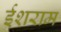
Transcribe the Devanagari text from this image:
ईशराम